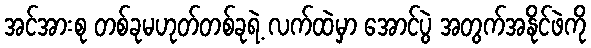
အင်အားစု တစ်ခုမဟုတ်တစ်ခုရဲ့ လက်ထဲမှာ အောင်ပွဲ အတွက်အနိုင်ဖဲကို